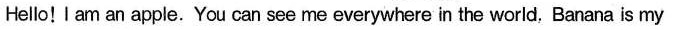
Hello! I am an apple. You can see me everywhere in the world, Banana is my